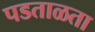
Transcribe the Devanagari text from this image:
पडताळता